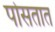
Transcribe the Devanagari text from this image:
पोसतात